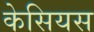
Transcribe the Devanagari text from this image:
केसियस